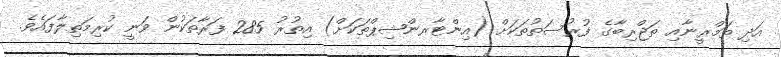
އަދި ތަމްރީނާއި ތަޖްރިބާގެ ފުރުސަތުތަކަށް (އިންޓާރންޝިޕްތަކަށް) އިތުރު 285 ފަރާތަކުން ވަނީ ކުރިމަތިލާފައެވެ.